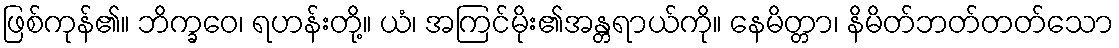
ဖြစ်ကုန်၏။ ဘိက္ခဝေ၊ ရဟန်းတို့။ ယံ၊ အကြင်မိုး၏အန္တရာယ်ကို။ နေမိတ္တာ၊ နိမိတ်ဘတ်တတ်သော